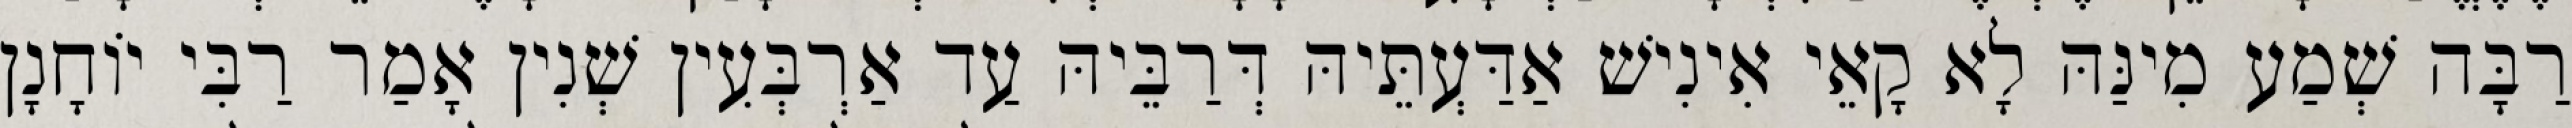
רַבָּה שְׁמַע מִינַּהּ לָא קָאֵי אִינִישׁ אַדַּעְתֵּיהּ דְּרַבֵּיהּ עַד אַרְבְּעִין שְׁנִין אָמַר רַבִּי יוֹחָנָן